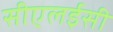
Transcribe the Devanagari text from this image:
सीएलईसी